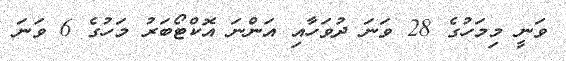
ވަނީ މިމަހުގެ 28 ވަނަ ދުވަހާއި އަންނަ އޮކްޓޯބަރު މަހުގެ 6 ވަނަ